Papers set at the Examination for Leaving Certificates, 1894
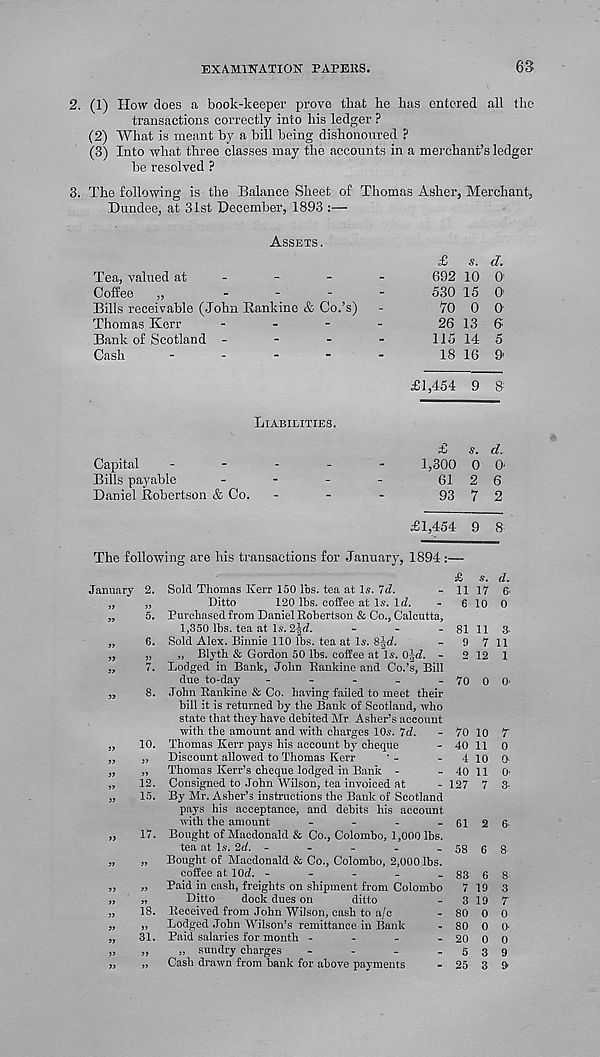
EXAMINATION PAPERS.
63
2. (1) How does a book-keeper prove that he has entered all the
transactions correctly into his ledger ?
(2) "What is meant by a bill being dishonoured ?
(3) Into what three classes may the accounts in a merchant’s ledger
be resolved ?
3. The following is the Balance Sheet of Thomas Asher, Merchant,
Dundee, at 31st December, 1893 :—
Assets.
Tea, valued at
-
Coffee „
.
-
_
Bills receivable (John Bankine & Co.’s)
Thomas Kerr
-
-
-
Bank of Scotland -
-
-
Cash
-
£ s. d.
692 10 0'
530 15 O'
70 0 0
26 13 6
115 14 5
18 16 9*
£1,454 9 8’
Liabilities.
Capital
Bills payable
Daniel Robertson & Co.
£ s. d.
1,300 0 O
61 2 6
93 7 2
£1,454 9 8 :
The following are his transactions for January, 1894
January 2.
5.
10.
12.
15.
17.
18.
31.
Sold Thomas Kerr 150 lbs. tea at Is. "d.
Ditto
120 lbs. coffee at Is. Id.
Purchased from Daniel Robertson & Co., Calcutta,
1,350 lbs. tea at Is. 2j<i.
-
-
_
Sold Alex. Binnie 110 lbs. tea at Is. 8jd.
„ Blyth & Gordon 50 lbs. coffee at Is. 0\d. -
Dodged in Bank, John Rankine and Co.’s, Bill
due to-day
-
-
-
_
John Rankine & Co. having failed to meet their
bill it is returned by the Bank of Scotland, who
state that they have debited Mr Asher’s account
with the amount and with charges 10s. 'id.
Thomas Kerr pays his account by- cheque
Discount allowed to Thomas Kerr
Thomas Kerr’s cheque lodged in Bank -
Consigned to John Wilson, tea invoiced at
By Mr. Asher’s instructions the Bank of Scotland
pays his acceptance, and debits his account
with the amount
-
-
-
Bought of Macdonald & Co., Colombo, 1,000 lbs.
tea at Is. 2d. -
-
-
.
Bought of Macdonald & Co., Colombo, 2,000 lbs.
coffee at lOd. -
-
-
-
_
Paid in cash, freights on shipment from Colombo
Ditto
dock dues on
ditto
Received from John Wilson, cash to a/c
Lodged John Wilson’s remittance in Bank
Paid salaries for month -
-
-
-
,, sundry charges
-
-
_
_
Cash drawn from bank for above payments
& s. d.
11 17 &
6 10 0
81 11 3.
9 7 11
2 12 1
- 70 0 0-
70 10 7
40 11 0
4 10 0
40 11 O'
127 7 3-
- 61 2 6-
- 58 6 8
83 6 8
7 19 3
3 19 7
80 0 0
80 0 0-
20 0 0
5 3 9
25 3 9